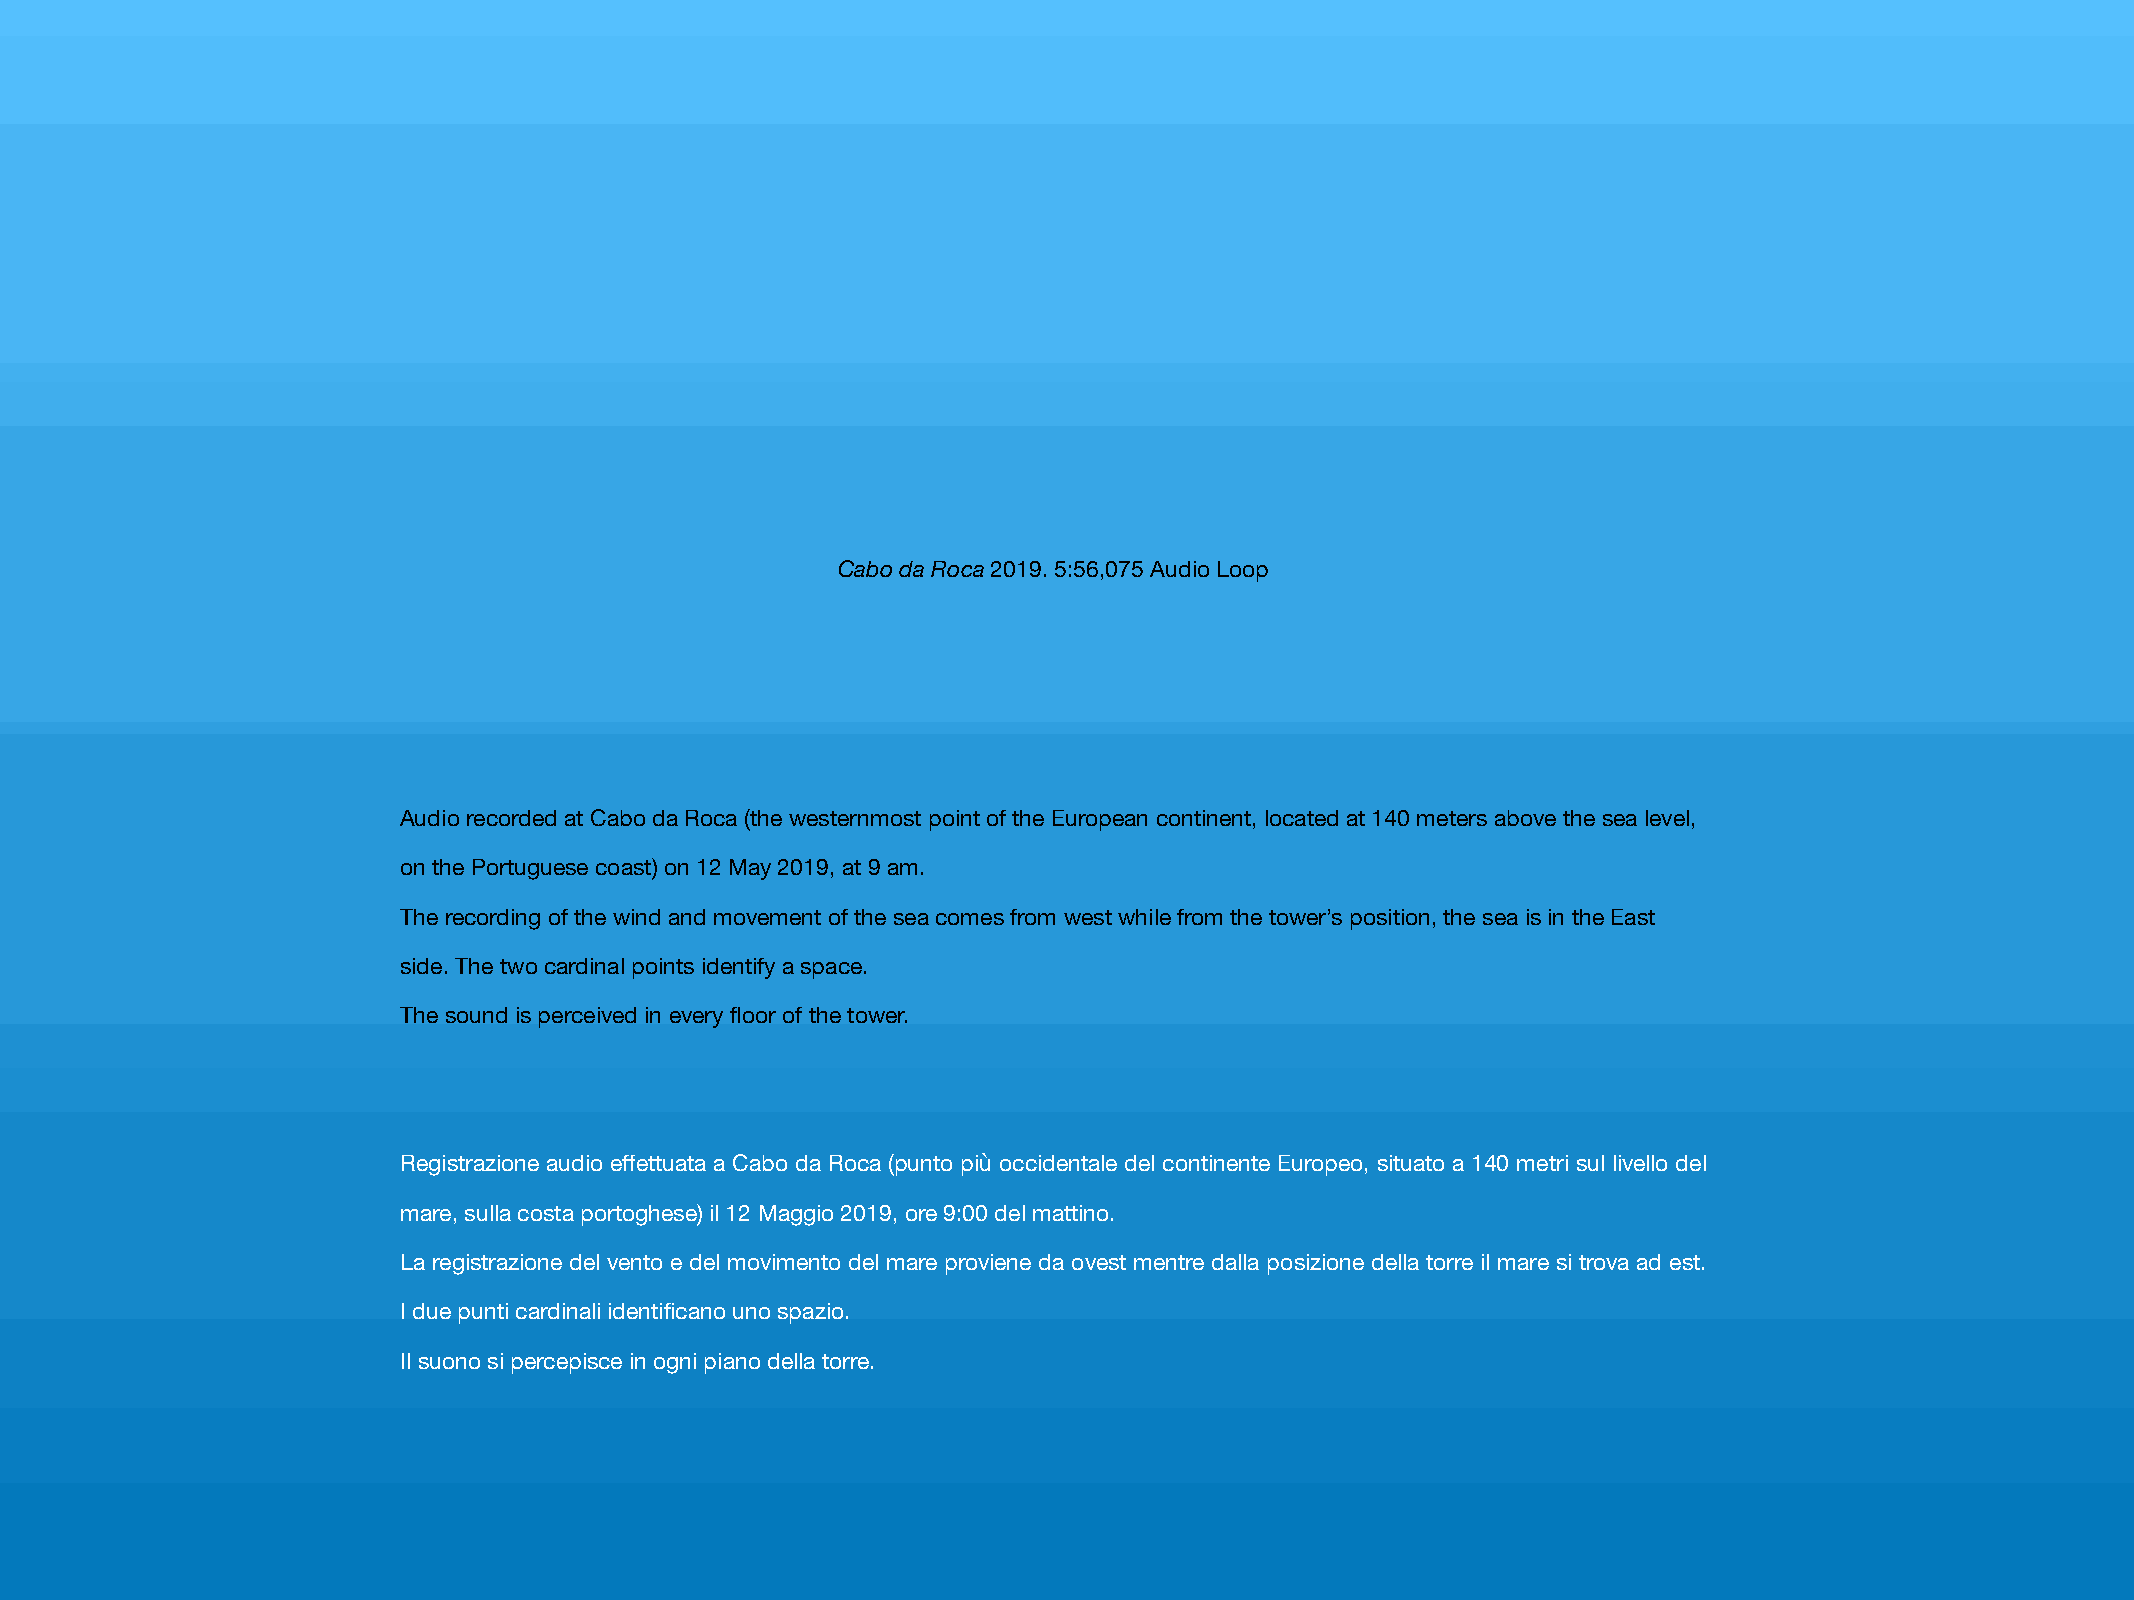
Cabo da Roca 2019. 5:56,075 Audio Loop
 Audio recorded at Cabo da Roca (the westernmost point of the European continent, located at 140 meters above the sea level,
 on the Portuguese coast) on 12 May 2019, at 9 am.
 The recording of the wind and movement of the sea comes from west while from the tower’s position, the sea is in the East
 side. The two cardinal points identify a space.
 The sound is perceived in every floor of the tower.
 Registrazione audio effettuata a Cabo da Roca (punto più occidentale del continente Europeo, situato a 140 metri sul livello del
 mare, sulla costa portoghese) il 12 Maggio 2019, ore 9:00 del mattino.
 La registrazione del vento e del movimento del mare proviene da ovest mentre dalla posizione della torre il mare si trova ad est.
 I due punti cardinali identificano uno spazio.
 Il suono si percepisce in ogni piano della torre.